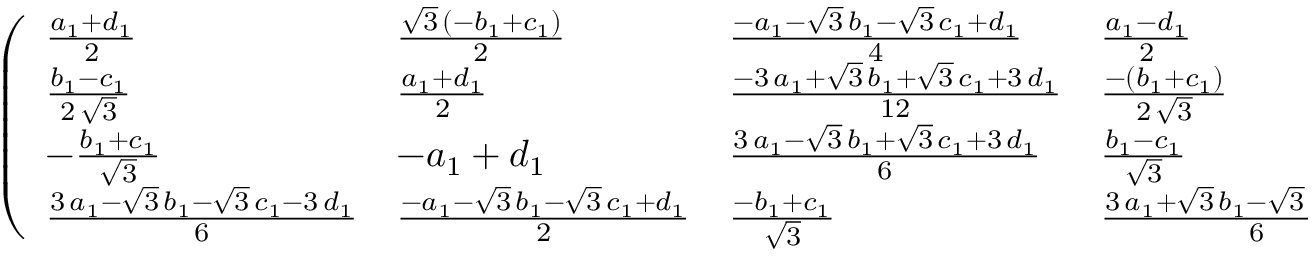
\left( \begin{array} { l l l l } { { { \frac { { a _ { 1 } } + { d _ { 1 } } } { 2 } } } } & { { { \frac { { \sqrt { 3 } } \, \left( - { b _ { 1 } } + { c _ { 1 } } \right) } { 2 } } } } & { { { \frac { - { a _ { 1 } } - { \sqrt { 3 } } \, { b _ { 1 } } - { \sqrt { 3 } } \, { c _ { 1 } } + { d _ { 1 } } } { 4 } } } } & { { { \frac { { a _ { 1 } } - { d _ { 1 } } } { 2 } } } } \\ { { { \frac { { b _ { 1 } } - { c _ { 1 } } } { 2 \, { \sqrt { 3 } } } } } } & { { { \frac { { a _ { 1 } } + { d _ { 1 } } } { 2 } } } } & { { { \frac { - 3 \, { a _ { 1 } } + { \sqrt { 3 } } \, { b _ { 1 } } + { \sqrt { 3 } } \, { c _ { 1 } } + 3 \, { d _ { 1 } } } { 1 2 } } } } & { { { \frac { - \left( { b _ { 1 } } + { c _ { 1 } } \right) } { 2 \, { \sqrt { 3 } } } } } } \\ { { - { \frac { { b _ { 1 } } + { c _ { 1 } } } { { \sqrt { 3 } } } } } } & { { - { a _ { 1 } } + { d _ { 1 } } } } & { { { \frac { 3 \, { a _ { 1 } } - { \sqrt { 3 } } \, { b _ { 1 } } + { \sqrt { 3 } } \, { c _ { 1 } } + 3 \, { d _ { 1 } } } { 6 } } } } & { { { \frac { { b _ { 1 } } - { c _ { 1 } } } { { \sqrt { 3 } } } } } } \\ { { { \frac { 3 \, { a _ { 1 } } - { \sqrt { 3 } } \, { b _ { 1 } } - { \sqrt { 3 } } \, { c _ { 1 } } - 3 \, { d _ { 1 } } } { 6 } } } } & { { { \frac { - { a _ { 1 } } - { \sqrt { 3 } } \, { b _ { 1 } } - { \sqrt { 3 } } \, { c _ { 1 } } + { d _ { 1 } } } { 2 } } } } & { { { \frac { - { b _ { 1 } } + { c _ { 1 } } } { { \sqrt { 3 } } } } } } & { { { \frac { 3 \, { a _ { 1 } } + { \sqrt { 3 } } \, { b _ { 1 } } - { \sqrt { 3 } } \, { c _ { 1 } } + 3 \, { d _ { 1 } } } { 6 } } } } \end{array} \right) ~ ,